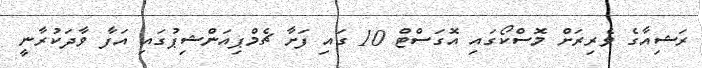
ރަޝިއާގެ ވެރިރަށް މޮސްކޯގައި އޮގަސްޓް 10 ގައި ފަށާ ޗެމްޕިއަންޝިޕުގައި އަފާ ވާދަކުރާނީ